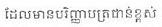
ដែលមានបរិញ្ញាបត្រជាន់ខ្ពស់